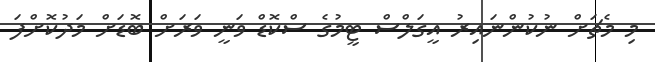
މި މެޗަށް ނުކުންނައިރު އީގަލްސް ޓީމުގެ ސްކޮޑް ވަނީ ވަރަށް ބޮޑަށް މަދުކޮށްފަ